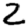
Digit: 2